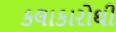
કલાકારોથી